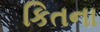
કિતના